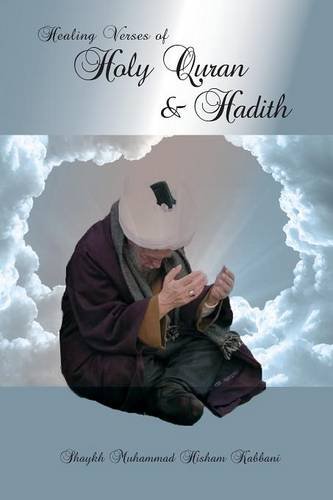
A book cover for Healing Verses of Holy Quran & Hadith; Muhammad Hisham Kabbani; Religion & Spirituality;